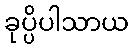
ခုပ္ပိပါသာယ